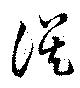
誤